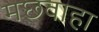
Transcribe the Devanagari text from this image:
मछवाहा